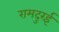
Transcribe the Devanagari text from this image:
रामदुरई